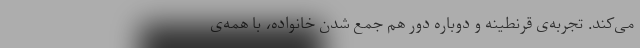
می‌کند. تجربه‌ی قرنطینه و دوباره دور هم جمع شدن خانواده، با همه‌ی